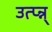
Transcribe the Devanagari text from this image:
उत्प्‍न्न्